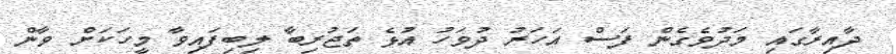
ދާއިރާގައި މަދުވެގެން ފަސް އަހަރު ދުވަހު އުޅެ ތަޖުރިބާ ލިބިފައިވާ މީހަކަށް ވާން